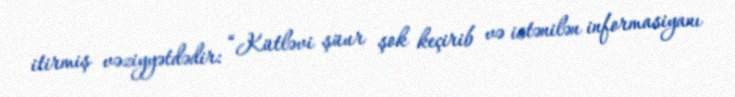
itirmiş vəziyyətdədir: “Kütləvi şüur şok keçirib və istənilən informasiyanı